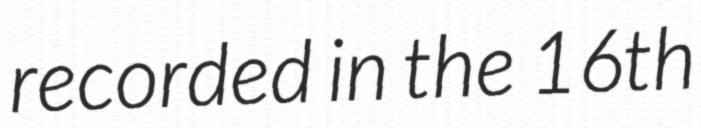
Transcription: recorded in the 16th